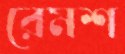
রেমশ